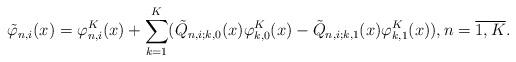
LaTeX: \begin{align*} \tilde \varphi_{n,i}(x) = \varphi^K_{n,i}(x) + \sum_{k=1}^K (\tilde Q_{n,i; k,0}(x)\varphi^K_{k,0}(x) - \tilde Q_{n,i; k,1}(x)\varphi^K_{k,1}(x)), n = \overline{1, K}.\end{align*}